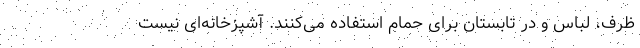
ظرف، لباس و در تابستان برای حمام استفاده می‌کنند. آشپزخانه‌ای نیست